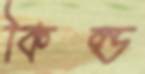
কিল্ড